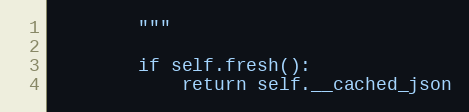
Language: Python
        """

        if self.fresh():
            return self.__cached_json